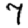
Digit: 7